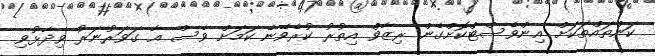
ކަންތައްތަކަށް އިންވެސްޓްކޮށްގެން ރިޒާވް އިތުރު ކުރެވޭނެ ކަމަށް ވެސް އާ ގަވަރުނަރު ވިދާޅުވި